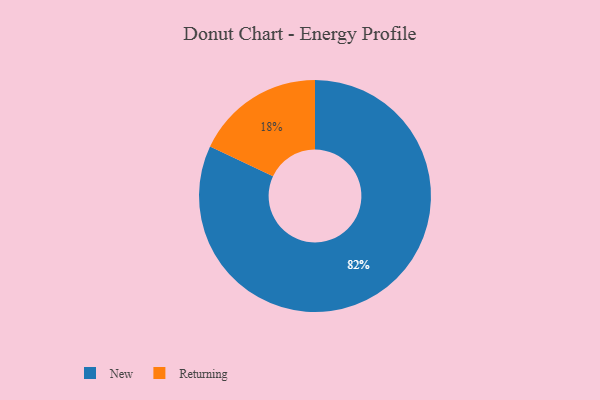
{"axis": {"x": "Category", "y": "Percentage"}, "legend": ["New", "Returning"], "data": [{"x": "New", "y": 82, "type": "New"}, {"x": "Returning", "y": 18, "type": "Returning"}]}